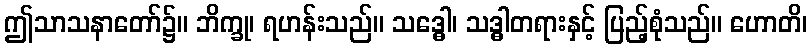
ဤသာသနာတော်၌။ ဘိက္ခု၊ ရဟန်းသည်။ သဒ္ဓေါ၊ သဒ္ဓါတရားနှင့် ပြည့်စုံသည်။ ဟောတိ၊